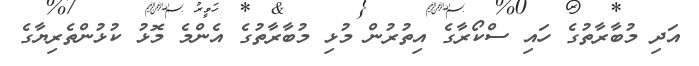
އަދި މުބާރާތުގެ ހައި ސްކޯރާގެ އިތުރުން މުޅި މުބާރާތުގެ އެންމެ މޮޅު ކުޅުންތެރިޔާގެ